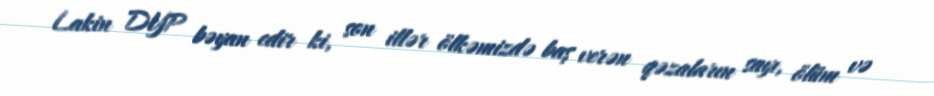
Lakin DYP bəyan edir ki, son illər ölkəmizdə baş verən qəzaların sayı, ölüm və